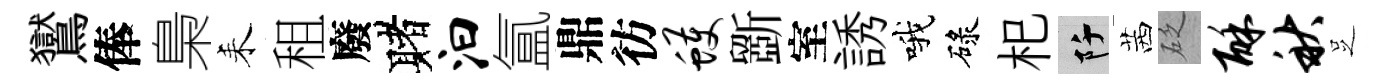
鸑俸梟耒租廢赌汩氲鼎彷蠖斵室誘哦碌𣏌阡茜砭酥秋𠯁